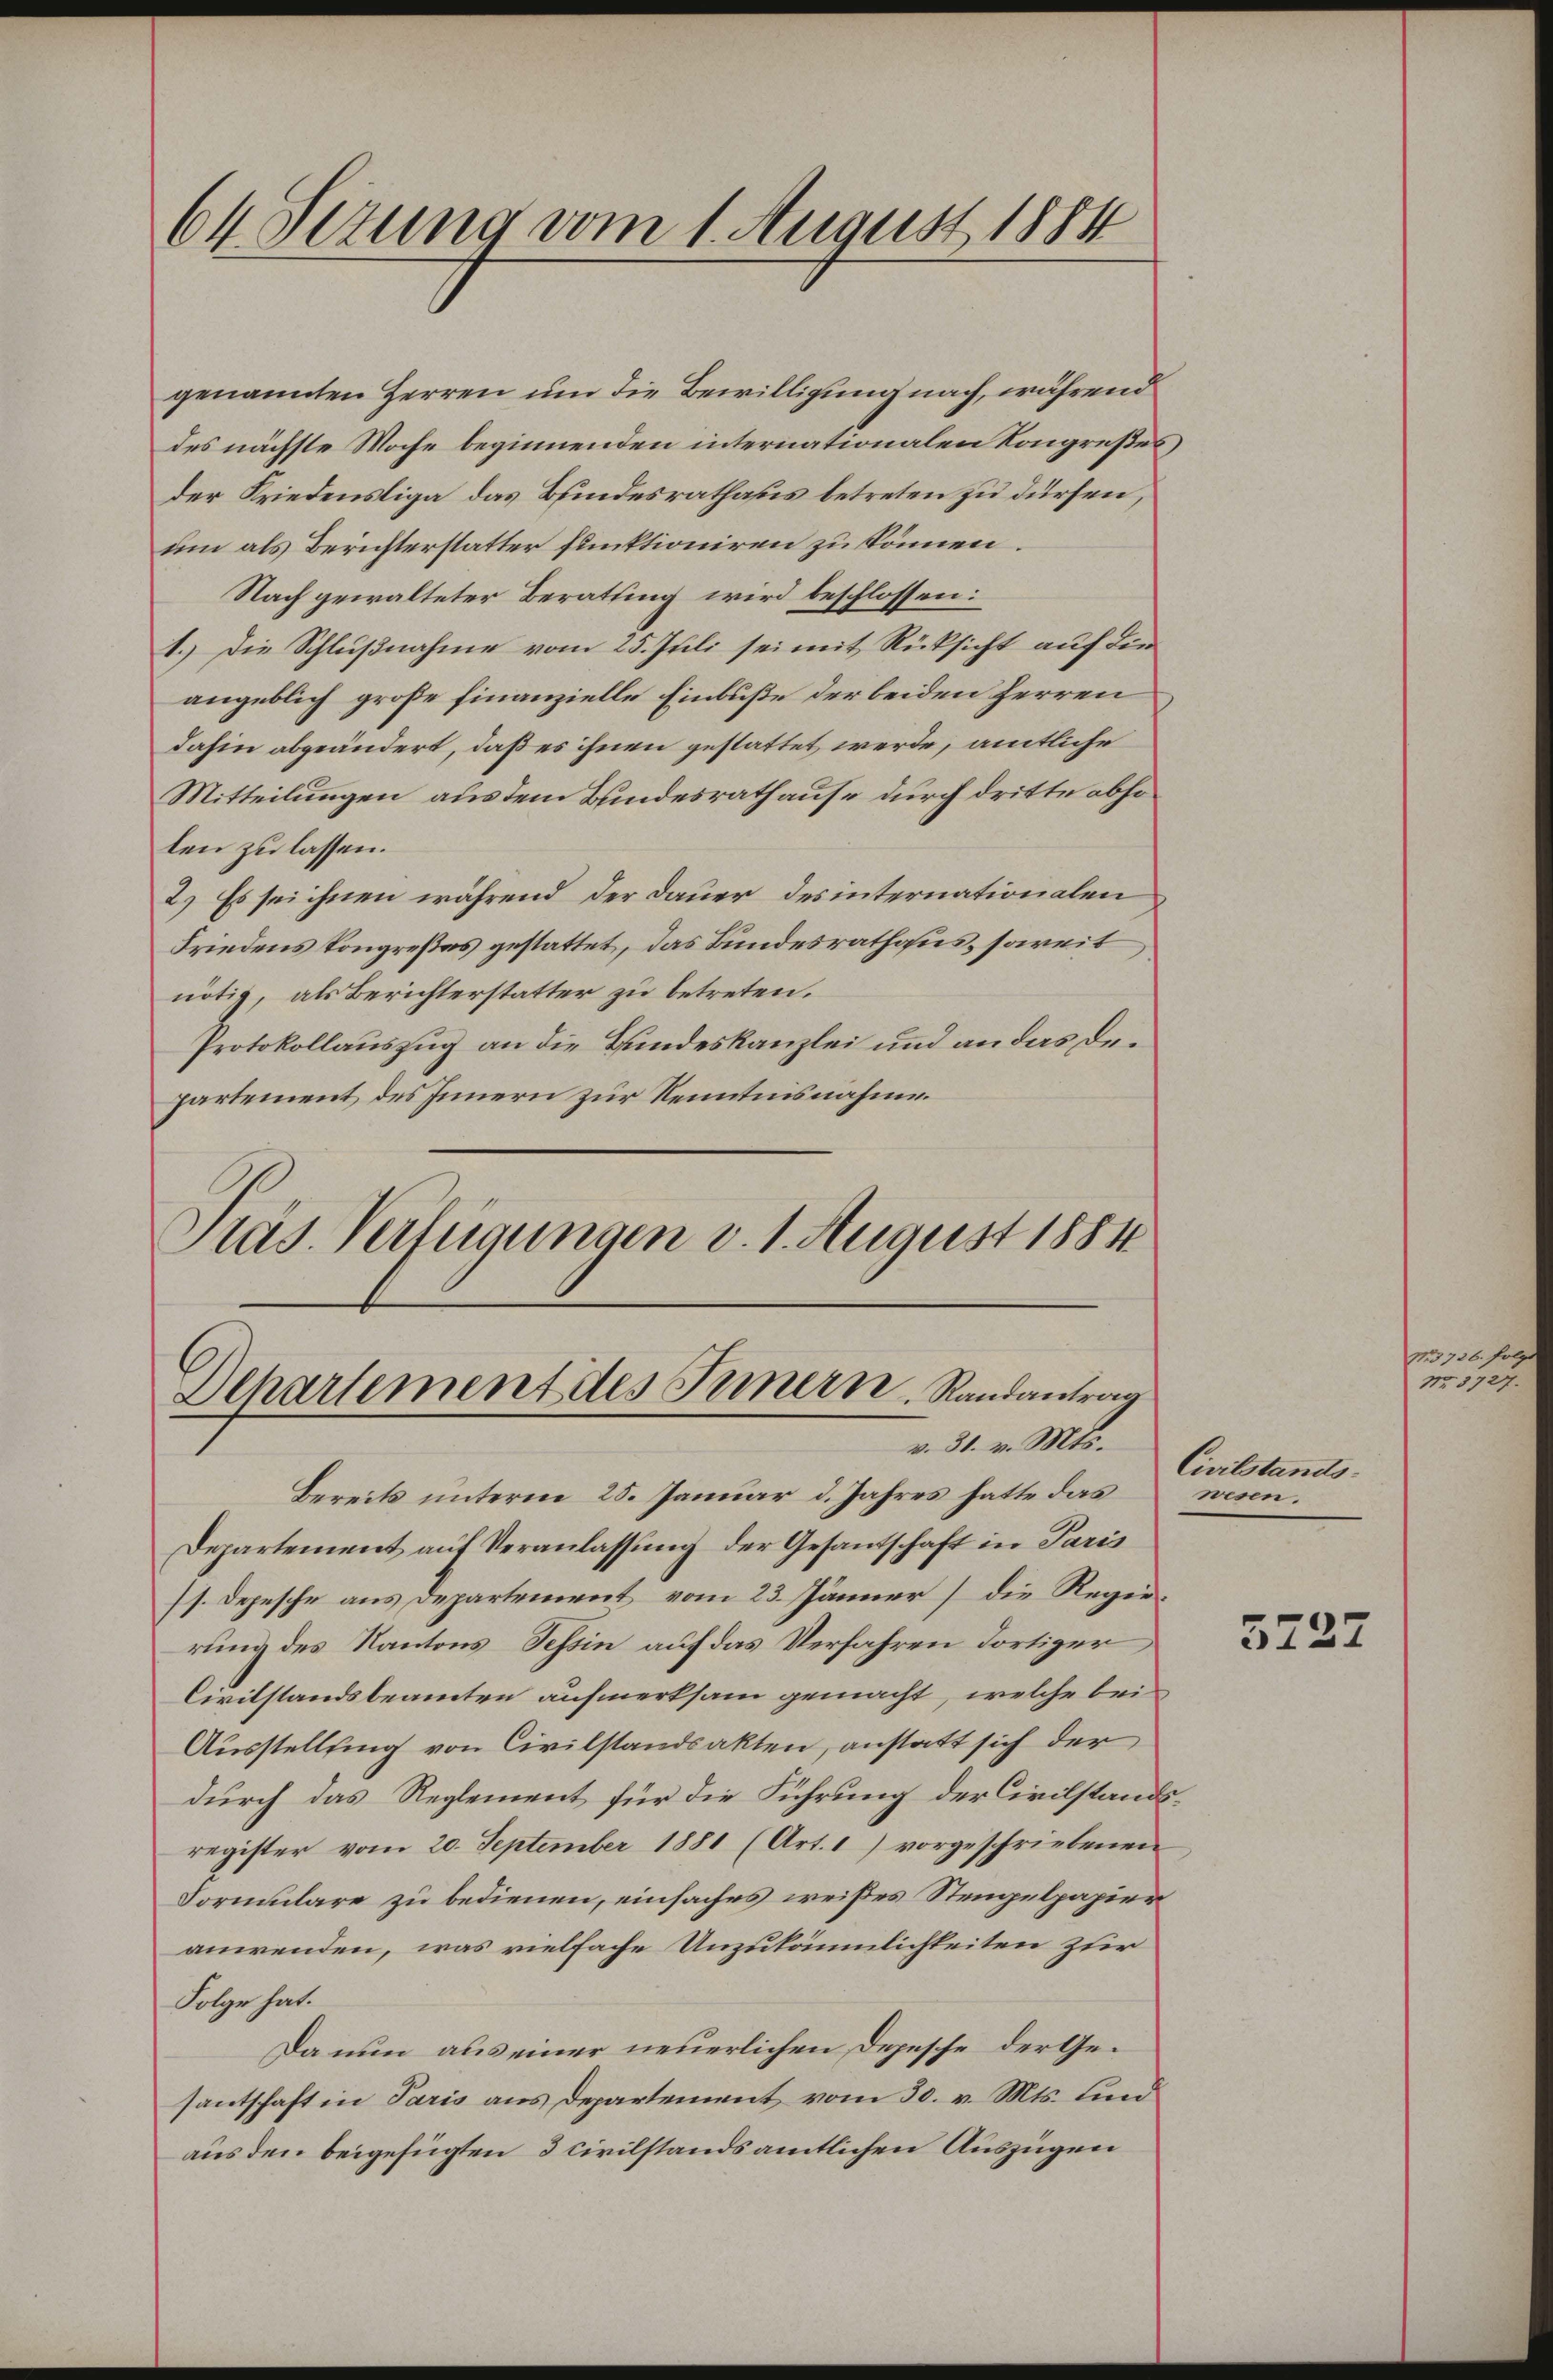
64. Sezung vom 1. August 1884

genannten Herren um die Bewilligung nach, während
des nächste Woche beginnenden internationalen Kongresses
der Friedensliga das Bundesrathaus betreten zu dürfen,
um als Berichterstatter funktioniren zu können.
Nach gewalteter Berathung wird beschlossen:
1.) Die Schlußnahme vom 25. Juli sei mit Rücksicht auf die
angeblich große finanzielle Einbuße der beiden Herren
dahin abgeändert, daß es ihnen gestattet werde, amtliche
Mitteilungen aus dem Bundesrath aufe durch dritte abso
len zu lassen.
2.) Es sei ihnen während der Dauer des internationalen
Friedens Kongreßes gestattet, das Bundesrathaus, soweit
nötig, als Berichterstatter zu betreten.
Protokollauszug an die Bundeskanzlei und an das Departement des Innern zur Kenntnisnahme.
Präs. Verfügungen v. 1. August 1884

Departement des Fernern Randantrag
v. 31. v. Mts.

s

Bereits unterm 25. Januar d. Jahres hatte das
Departement auf Veranlassung der Gesandschaft in Paris
ss. Depesche aus Departement vom 23. Jänner] die Regierung des Kantons Tessin auf das Verfahren dortiger
Civilstandsbeamten aufmerksam gemacht, welche bei
Ausstellung von Civilstandsakten, anstatt sich der
durch das Reglement für die Führung der Civilstandsregister vom 20. September 1881 (Art. 1) vorgeschriebenen
Formulare zu bedienen, einfaches weißes Stengelpapier
anwenden, was vielfache Unzukäumlichkeiten zur
Folge hat.
Da nun aus einer neuerlichen Depesche der Gesantschaft in Paris aus Departement vom 30. v. Mts. Lind
aus den beigefügten 3 civilstandsamtlichen Auszügen

Civilstands
wesen.

5227

15.
M.